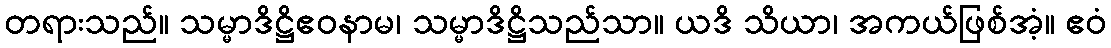
တရားသည်။ သမ္မာဒိဋ္ဌိဧဝနာမ၊ သမ္မာဒိဋ္ဌိသည်သာ။ ယဒိ သိယာ၊ အကယ်ဖြစ်အံ့။ ဧဝံ